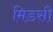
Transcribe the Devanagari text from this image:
मिडसी